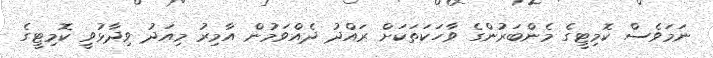
ނަމަވެސް ކޮމިޓީގެ މެންބަރުންގެ ވާހަކަތަކަށް ރައްދު ދެއްވަމުން އާމިރު މިއަދު ވިދާޅުވީ ކޮމިޓީގެ